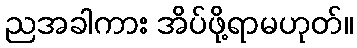
ညအခါကား အိပ်ဖို့ရာမဟုတ်။